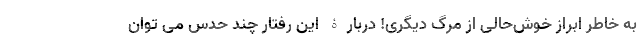
به خاطر ابراز خوش‌حالی از مرگ دیگری! دربارۀ این رفتار چند حدس می توان